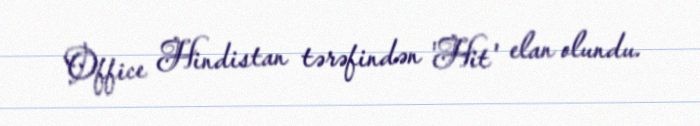
Office Hindistan tərəfindən 'Hit' elan olundu.